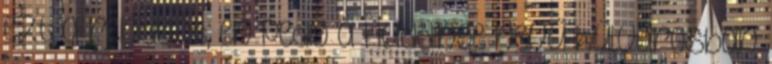
ezt a rendelőt, én pedig a Huddinge nevű külvárosban